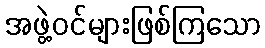
အဖွဲ့ဝင်များဖြစ်ကြသော